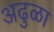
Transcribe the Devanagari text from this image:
अढुळा